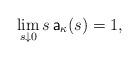
LaTeX: \begin{align*}\lim_{s\downarrow 0}s\, {\sf a}_{\kappa}(s)=1,\end{align*}